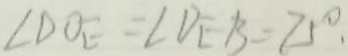
\angle D O E = \angle D E B = 7 5 ^ { \circ } .